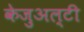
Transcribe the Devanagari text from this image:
केजुअल्टी